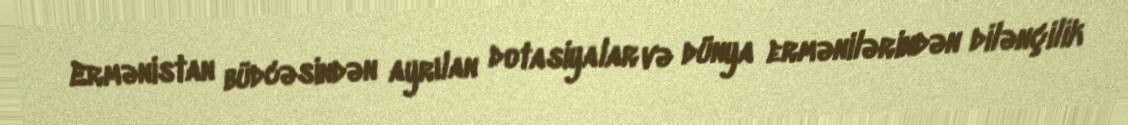
Ermənistan büdcəsindən ayrılan dotasiyalar və dünya ermənilərindən dilənçilik